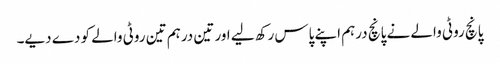
پانچ روٹی والے نے پانچ درہم اپنے پاس رکھ لیے اور تین درہم تین روٹی والے کو دے دیے۔